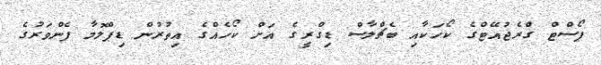
ޕޯސްޓް ގްރެޖުއޭޓްގެ ކޯހަކާއި ބެޗްލާސް ޑިގްރީގެ އަށް ކޯހެއްގެ އިތުރުން ޑިޕްލޮމާ ފެންވަރުގެ